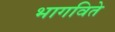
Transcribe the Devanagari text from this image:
भागविते